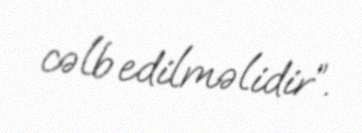
cəlb edilməlidir”.